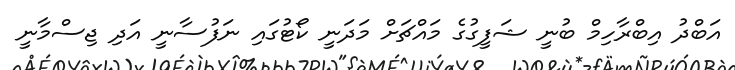
އަބްދު އިބްރާހިމް ބުނީ ޝަފީގުގެ މައްޗަށް މަދަނީ ކޯޓުގައި ނަފުސާނީ އަދި ޖިސްމާނީ